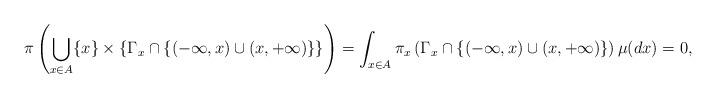
LaTeX: \begin{align*}\pi \left( \bigcup_{x\in A} \{x\}\times \left\{\Gamma_x\cap\{(-\infty,x)\cup(x,+\infty)\} \right\} \right) = \int_{x\in A} \pi_x\left(\Gamma_x\cap\{(-\infty,x)\cup(x,+\infty)\} \right) \mu(dx) =0,\end{align*}